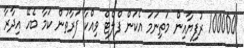
100000 ރުފިޔާއިން މަތިނަމަ އެކަން ފްލެޓް ވިއްކާ ފަރާތުން ކަމާ ބެހޭ އިދާރާ